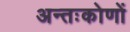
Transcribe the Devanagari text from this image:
अन्तःकोणों